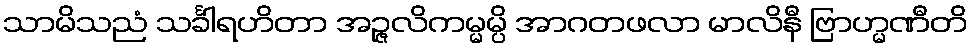
သာမိသညံ သင်္ခါရဟိတာ အဉ္ဇလိကမ္မမ္ပိ အာဂတဖလာ မာလိနီ ဗြာဟ္မဏီတိ